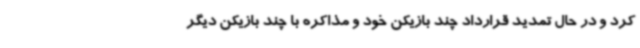
کرد و در حال تمدید قرارداد چند بازیکن خود و مذاکره با چند بازیکن دیگر